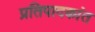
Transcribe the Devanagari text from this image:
प्रतिपादकांत